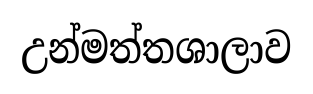
උන්මත්තශාලාව